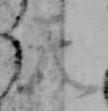
天